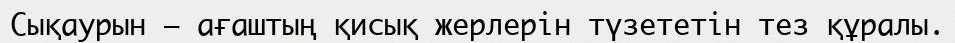
Сықаурын – ағаштың қисық жерлерін түзететін тез құралы.